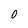
Character: 0